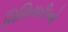
ચિચિયારીઓ